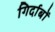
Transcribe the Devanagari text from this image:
गिर्दाबों